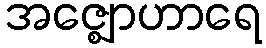
အဇ္ဈောဟာရေ